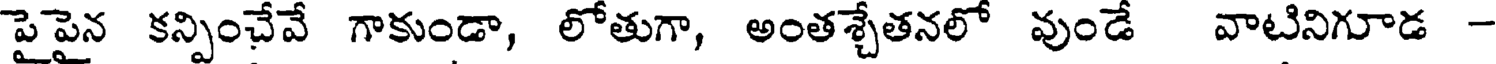
పైపైన కన్పించేవే గాకుండా, లోతుగా, అంతశ్చేతనలో వుండే వాటినిగూడ -